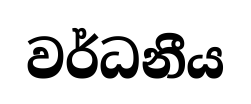
වර්ධනීය